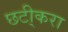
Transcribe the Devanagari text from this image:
छटी्करा